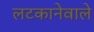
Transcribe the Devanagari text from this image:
लटकानेवाले